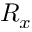
R _ { x }